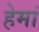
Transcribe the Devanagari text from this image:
हेमां